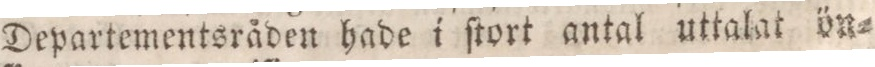
Departementsråden hade i ſtort antal uttalat ön=